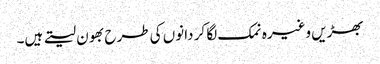
بھڑیں وغیرہ نمک لگا کر دانوں کی طرح بھون لیتے ہیں۔